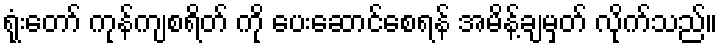
ရုံးတော် ကုန်ကျစရိတ် ကို ပေးဆောင်စေရန် အမိန့်ချမှတ် လိုက်သည်။